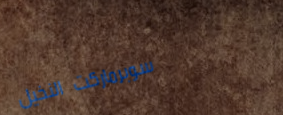
سوبرماركت النخيل